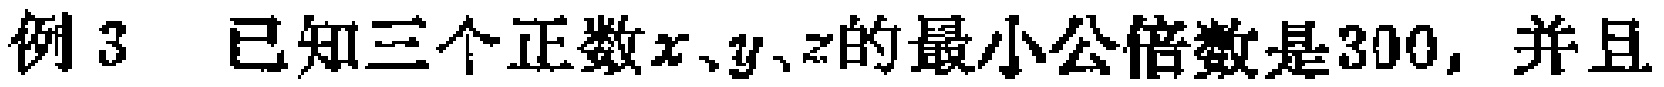
例3 已知三个正数\(x、y、z\)的最小公倍数是\(300\)，并且